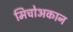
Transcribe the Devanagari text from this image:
मिचोअकान